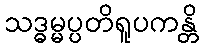
သဒ္ဓမ္မပ္ပတိရူပကန္တိ